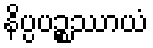
နိပ္ပပဉ္စဿာယံ